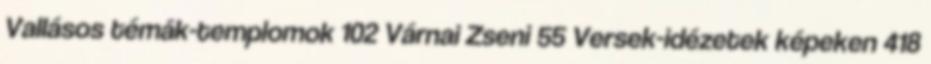
Vallásos témák-templomok 102 Várnai Zseni 55 Versek-idézetek képeken 418